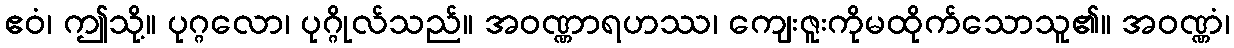
ဧဝံ၊ ဤသို့။ ပုဂ္ဂလော၊ ပုဂ္ဂိုလ်သည်။ အဝဏ္ဏာရဟဿ၊ ကျေးဇူးကိုမထိုက်သောသူ၏။ အဝဏ္ဏံ၊